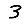
Digit: 3